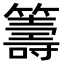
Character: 籌